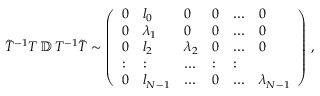
\begin{array} { r } { \tilde { T } ^ { - 1 } T \, \mathbb { D } \, T ^ { - 1 } \tilde { T } \sim \left( \begin{array} { l l l l l l } { 0 } & { l _ { 0 } } & { 0 } & { 0 } & { \dots } & { 0 } \\ { 0 } & { \lambda _ { 1 } } & { 0 } & { 0 } & { \dots } & { 0 } \\ { 0 } & { l _ { 2 } } & { \lambda _ { 2 } } & { 0 } & { \dots } & { 0 } \\ { : } & { : } & { \dots } & { : } & { : } \\ { 0 } & { l _ { N - 1 } } & { \dots } & { 0 } & { \dots } & { \lambda _ { N - 1 } } \end{array} \right) \, , } \end{array}